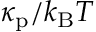
\kappa _ { \mathrm { p } } / k _ { \mathrm { B } } T